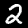
Label: 2